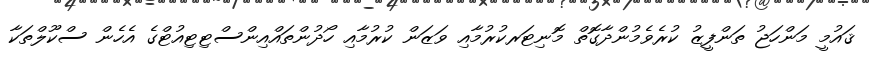
ޤައުމީ މަންހަޖު ތަންފީޒު ކުރެވެމުންދާގޮތް މޮނިޓަރކުރުމާއި ވަޒަން ކުރުމާއި ހޯދުންތައްއިންސްޓިޓިއުޓްގެ އެހެން ސްކޫލްތަކާ